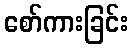
စော်ကားခြင်း